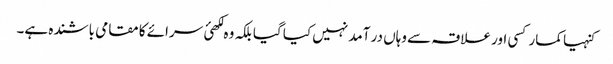
کنہیا کمار کسی اور علاقہ سے وہاں در آمد نہیں کیا گیا بلکہ وہ لکھئ سرائے کا مقامی باشندہ ہے۔